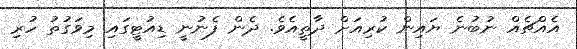
އެއްޗެއް ނުބުނެ ޔައިން ކުރިއަށް ދާތީއެވެ. ދެން ފެނުނީ ޑިއުޓީގައި މިވަގުތު ހުރި